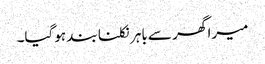
میرا گھر سے باہر نکلنا بند ہوگیا۔